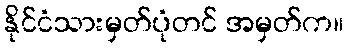
နိုင်ငံသားမှတ်ပုံတင် အမှတ်က။